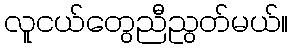
လူငယ်တွေညီညွတ်မယ်။